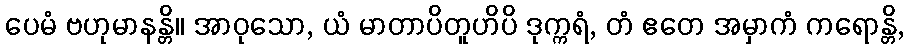
ပေမံ ဗဟုမာနန္တိ။ အာဝုသော, ယံ မာတာပိတူဟိပိ ဒုက္ကရံ, တံ ဧတေ အမှာကံ ကရောန္တိ,